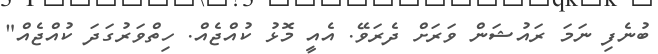
ބުނެފި ނަމަ ރައުޝަން ވަރަށް ދެރަވޭ. އެއީ މޮޅު ކުއްޖެއް. ހިތްވަރުގަދަ ކުއްޖެއް"